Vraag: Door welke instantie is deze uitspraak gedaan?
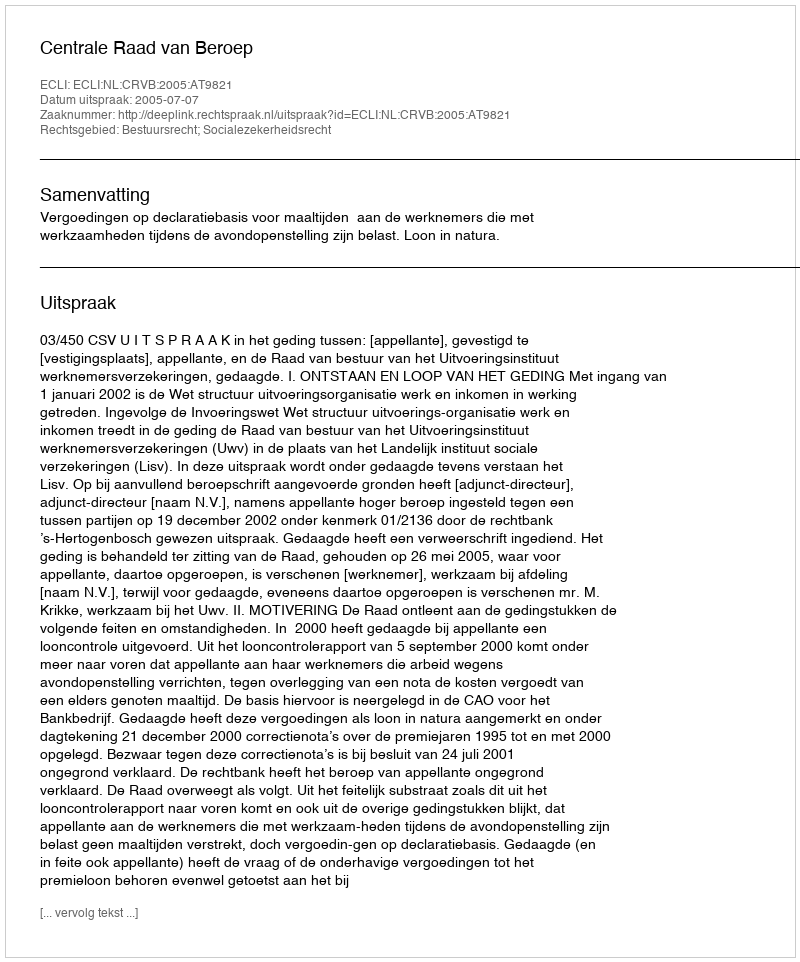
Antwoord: Centrale Raad van Beroep